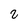
Character: 2